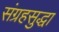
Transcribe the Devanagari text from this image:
संग्रहसुद्धा